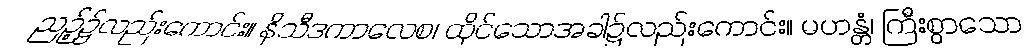
ညဉ့်၌လည်းကောင်း။ နိသီဒကာလေစ၊ ထိုင်သောအခါ၌လည်းကောင်း။ မဟန္တံ၊ ကြီးစွာသော